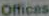
Offices